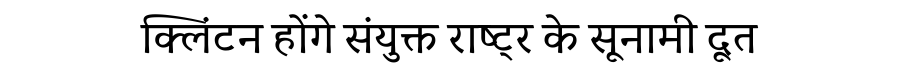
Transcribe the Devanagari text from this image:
क्लिंटन होंगे संयुक्त राष्ट्र के सूनामी दूत